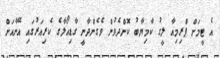
އެ ޓީމަށް ޕްރިމިއާ ލީގު ކާމިޔާބު ކޮށްދެވުން ވެގެންދާނީ ގާޑިއޯލާގެ ކެރިއަރުގައި އޭނާއަށް